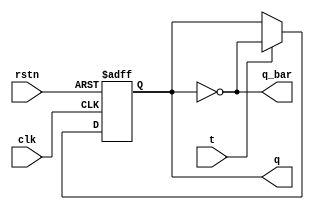
`timescale 1ns / 1ps
//////////////////////////////////////////////////////////////////////////////////
// Company: 
// 
// Design Name: T Flip Flop
// Module Name: T_ff
// Project Name: 
// Target Devices: 
// Tool Versions: 
// Description: 
// 
// Dependencies: 
// 
// Revision:
// Revision 0.01 - File Created
// Additional Comments:
// 
//////////////////////////////////////////////////////////////////////////////////


module t_ff(input clk, input rstn,
  input t,
  output reg q,
  output q_bar
  );
  
  always@(posedge clk or negedge rstn) begin // for asynchronous reset
  //always@(posedge clk) begin // for synchronous reset
    if(!rstn) q <= 0;
    else begin
      q <= (t?~q:q);
    end
  end
  assign q_bar = ~q;
endmodule